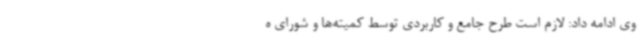
وی ادامه داد: لازم است طرح جامع و کاربردی توسط کمیته‌ها و شورای ه